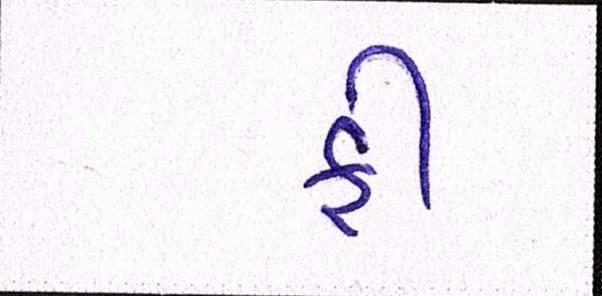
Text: ફી